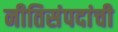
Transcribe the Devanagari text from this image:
नीतिसंपदांची